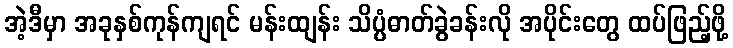
အဲ့ဒီမှာ အခုနှစ်ကုန်ကျရင် မန်းထျန်း သိပ္ပံဓာတ်ခွဲခန်းလို အပိုင်းတွေ ထပ်ဖြည့်ဖို့